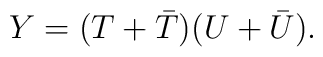
Y = (T +{\bar T})(U+{\bar U}).